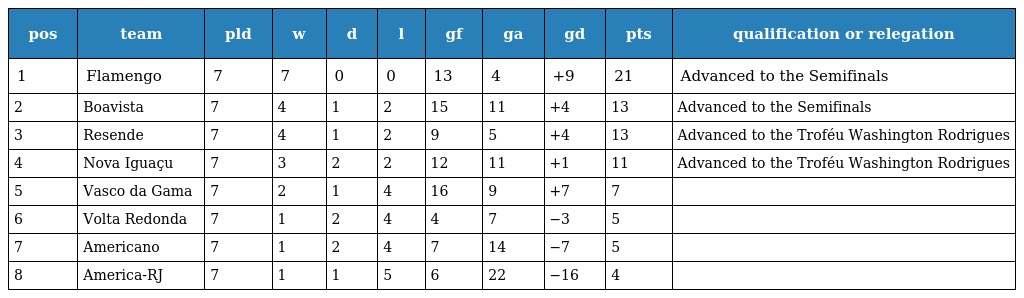
| pos | team | pld | w | d | l | gf | ga | gd | pts | qualification or relegation |
 | --- | --- | --- | --- | --- | --- | --- | --- | --- | --- | --- |
 | 1 | Flamengo | 7 | 7 | 0 | 0 | 13 | 4 | +9 | 21 | Advanced to the Semifinals |
 | 2 | Boavista | 7 | 4 | 1 | 2 | 15 | 11 | +4 | 13 | Advanced to the Semifinals |
 | 3 | Resende | 7 | 4 | 1 | 2 | 9 | 5 | +4 | 13 | Advanced to the Troféu Washington Rodrigues |
 | 4 | Nova Iguaçu | 7 | 3 | 2 | 2 | 12 | 11 | +1 | 11 | Advanced to the Troféu Washington Rodrigues |
 | 5 | Vasco da Gama | 7 | 2 | 1 | 4 | 16 | 9 | +7 | 7 |  |
 | 6 | Volta Redonda | 7 | 1 | 2 | 4 | 4 | 7 | −3 | 5 |  |
 | 7 | Americano | 7 | 1 | 2 | 4 | 7 | 14 | −7 | 5 |  |
 | 8 | America-RJ | 7 | 1 | 1 | 5 | 6 | 22 | −16 | 4 |  |